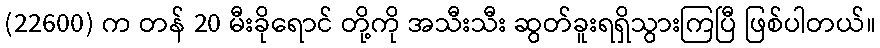
(22600) က တန် 20 မီးခိုရောင် တို့ကို အသီးသီး ဆွတ်ခူးရရှိသွားကြပြီ ဖြစ်ပါတယ်။